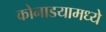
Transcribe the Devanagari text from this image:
कोनाडयामध्ये